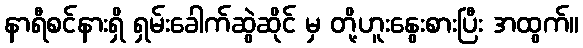
နာရီစင်နားရှိ ရှမ်းခေါက်ဆွဲဆိုင် မှ တို့ဟူးနွေးစားပြီး အထွက်။